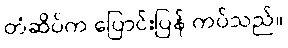
တံဆိပ်က ပြောင်းပြန် ကပ်သည်။